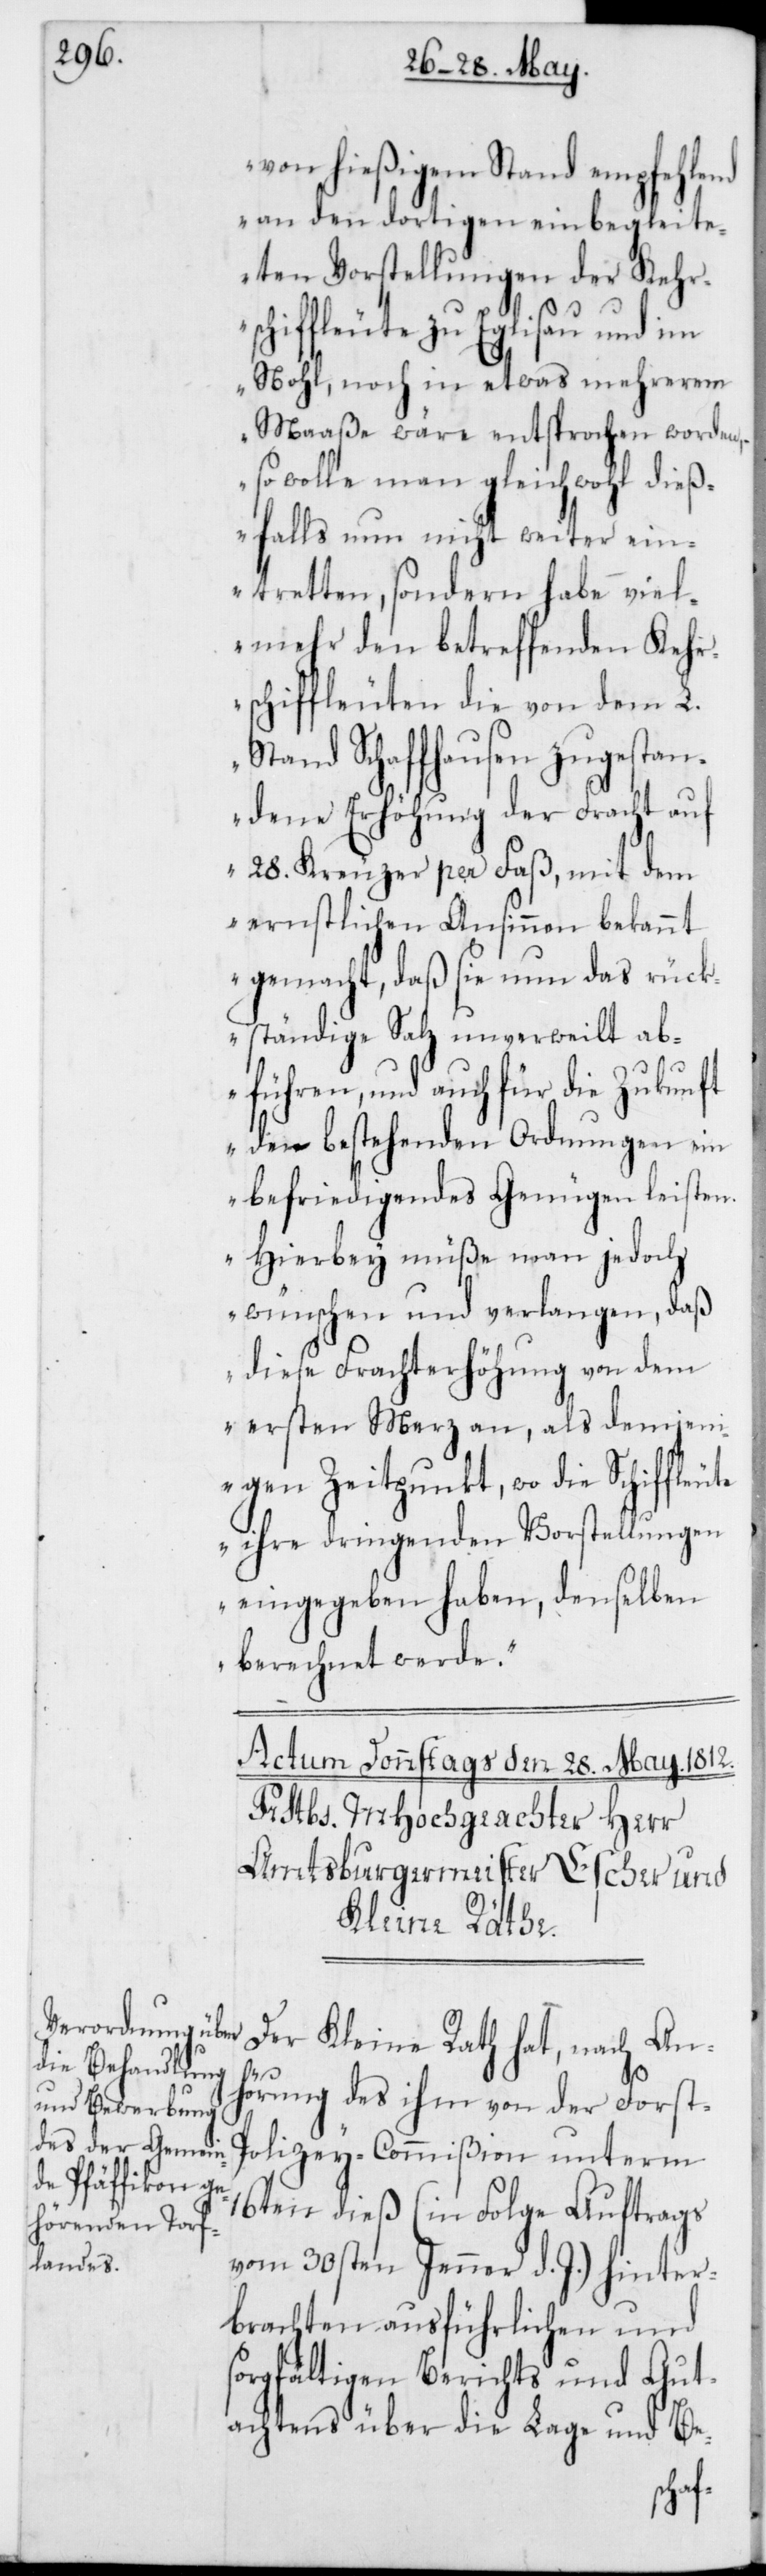
von hießigem Stand empfehlend
an den dortigen einbegleite¬
ten Vorstellungen der Kehr¬
schiffleute zu Eglisau und im
Nohl, noch in etwas mehrerem
Maaße wäre entsprochen worden,
so wolle man gleichwohl dieß¬
falls nun nicht weiter ein¬
tretten, sondern habe viel¬
mehr den betreffenden Kehrs¬
chiffleuten die von dem L.
Stand Schaffhausen zugestan¬
dene Erhöhung der Fracht auf
28. Kreuzer per Faß, mit dem
ernstlichen Ansinnen bekannt
gemacht, daß sie nun das rück¬
ständige Salz unverweilt ab¬
führen, und auch für die Zukunft
den bestehenden Ordnungen ein
befriedigendes Genügen leisten.
Hierbey müße man jedoch
wünschen und verlangen, daß
diese Frachterhöhung von dem
ersten Merz an, als demjen¬
igen Zeitpunkt, wo die Schiffleu¬
te ihre dringenden Vorstellungen
eingegeben haben, denselben
berechnet werde.“
Der Kleine Rath hat, nach An¬
s¬
hörung des ihm von der Forst-P¬
olizey-Commißion unterm
16ten dieß (in Folge Auftrags
vom 30sten Jenner d. J.) hinter¬
brachten ausführlichen und
orgfältigen Berichts und Gut¬
achtens über die Lage und Be-